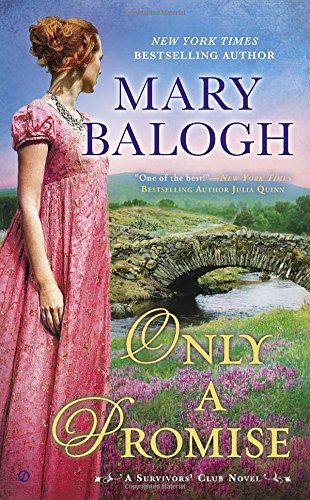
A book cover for Only a Promise (Survivor's Club); Mary Balogh; Romance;